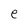
Character: e